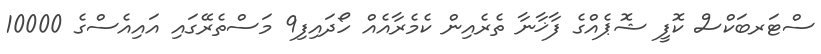
ސްޓަރބަކްސް ކޮފީ ޝޮޕެއްގެ ފާޚާނާ ތެރެއިން ކެމެރާއެއް ހޯދައިފި9 މަސްތެރޭގައި އައިއެސްގެ 10000